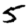
Digit: 5